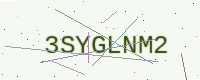
Text: 3SYGLNM2